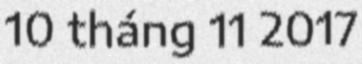
10 tháng 11 2017